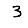
Digit: 3